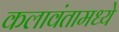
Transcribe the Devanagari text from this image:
कलावंतामध्ये